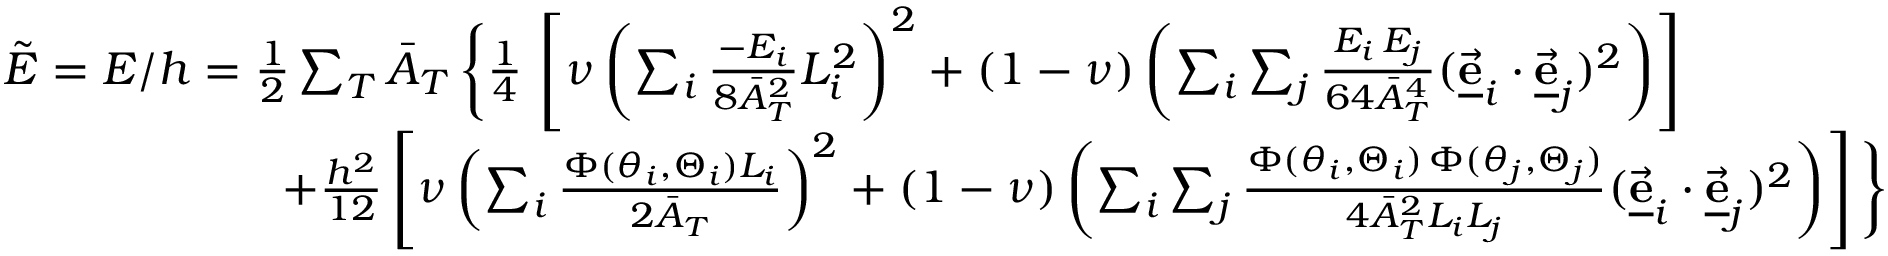
\begin{array} { r l } & { \tilde { E } = E / h = \frac { 1 } { 2 } \sum _ { T } \bar { A } _ { T } \, \bigg \{ \frac { 1 } { 4 } \, \left[ \nu \left( \sum _ { i } \frac { - E _ { i } } { 8 \bar { A } _ { T } ^ { 2 } } L _ { i } ^ { 2 } \right) ^ { 2 } + ( 1 - \nu ) \left( \sum _ { i } \sum _ { j } \frac { E _ { i } \, E _ { j } } { 6 4 \bar { A } _ { T } ^ { 4 } } ( \underline { { \vec { \bf e } } } _ { i } \cdot \underline { { \vec { \bf e } } } _ { j } ) ^ { 2 } \right) \right] } \\ & { \qquad \qquad \qquad + \frac { h ^ { 2 } } { 1 2 } \left[ \nu \left( \sum _ { i } \frac { \Phi ( \theta _ { i } , \Theta _ { i } ) L _ { i } } { 2 \bar { A } _ { T } } \right) ^ { 2 } + ( 1 - \nu ) \left( \sum _ { i } \sum _ { j } \frac { \Phi ( \theta _ { i } , \Theta _ { i } ) \, \Phi ( \theta _ { j } , \Theta _ { j } ) } { 4 \bar { A } _ { T } ^ { 2 } L _ { i } L _ { j } } ( \underline { { \vec { \bf e } } } _ { i } \cdot \underline { { \vec { \bf e } } } _ { j } ) ^ { 2 } \right) \right] \bigg \} } \end{array}